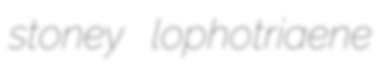
stoney lophotriaene